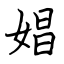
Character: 娼